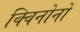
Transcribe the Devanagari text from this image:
क्विनोनों